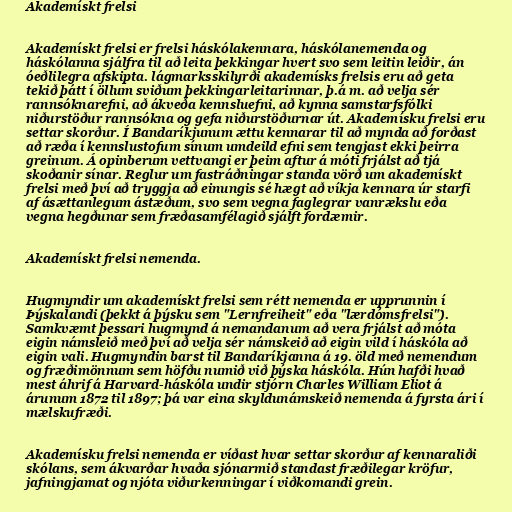
Akademískt frelsi

Akademískt frelsi er frelsi háskólakennara, háskólanemenda og
háskólanna sjálfra til að leita þekkingar hvert svo sem leitin leiðir, án
óeðlilegra afskipta. lágmarksskilyrði akademísks frelsis eru að geta
tekið þátt í öllum sviðum þekkingarleitarinnar, þ.á m. að velja sér
rannsóknarefni, að ákveða kennsluefni, að kynna samstarfsfólki
niðurstöður rannsókna og gefa niðurstöðurnar út. Akademísku frelsi eru
settar skorður. Í Bandaríkjunum ættu kennarar til að mynda að forðast
að ræða í kennslustofum sínum umdeild efni sem tengjast ekki þeirra
greinum. Á opinberum vettvangi er þeim aftur á móti frjálst að tjá
skoðanir sínar. Reglur um fastráðningar standa vörð um akademískt
frelsi með því að tryggja að einungis sé hægt að víkja kennara úr starfi
af ásættanlegum ástæðum, svo sem vegna faglegrar vanrækslu eða
vegna hegðunar sem fræðasamfélagið sjálft fordæmir.

Akademískt frelsi nemenda.

Hugmyndir um akademískt frelsi sem rétt nemenda er upprunnin í
Þýskalandi (þekkt á þýsku sem "Lernfreiheit" eða "lærdómsfrelsi").
Samkvæmt þessari hugmynd á nemandanum að vera frjálst að móta
eigin námsleið með því að velja sér námskeið að eigin vild í háskóla að
eigin vali. Hugmyndin barst til Bandaríkjanna á 19. öld með nemendum
og fræðimönnum sem höfðu numið við þýska háskóla. Hún hafði hvað
mest áhrif á Harvard-háskóla undir stjórn Charles William Eliot á
árunum 1872 til 1897; þá var eina skyldunámskeið nemenda á fyrsta ári í
mælskufræði.

Akademísku frelsi nemenda er víðast hvar settar skorður af kennaraliði
skólans, sem ákvarðar hvaða sjónarmið standast fræðilegar kröfur,
jafningjamat og njóta viðurkenningar í viðkomandi grein.